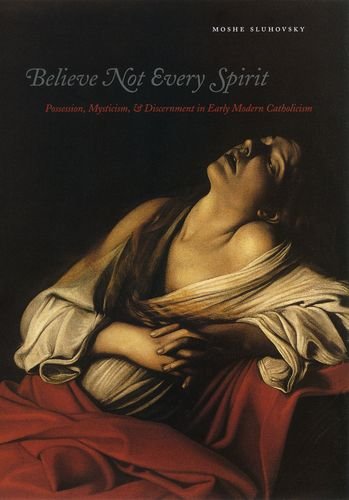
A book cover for Believe Not Every Spirit: Possession, Mysticism, & Discernment in Early Modern Catholicism; Moshe Sluhovsky; Religion & Spirituality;